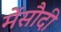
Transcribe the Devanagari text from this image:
मेंसौदी